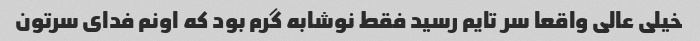
خیلی عالی واقعا سر تایم رسید فقط نوشابه گرم بود که اونم فدای سرتون